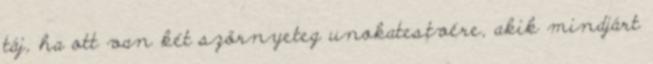
táj, ha ott van két szörnyeteg unokatestvére, akik mindjárt